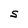
Character: S